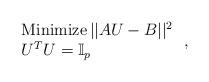
LaTeX: \begin{align*}\left.\begin{array}{l}\hbox{Minimize}\, ||AU-B||^2 \\U^TU=\mathbb{I}_p\end{array}\right.,\end{align*}